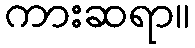
ကားဆရာ။